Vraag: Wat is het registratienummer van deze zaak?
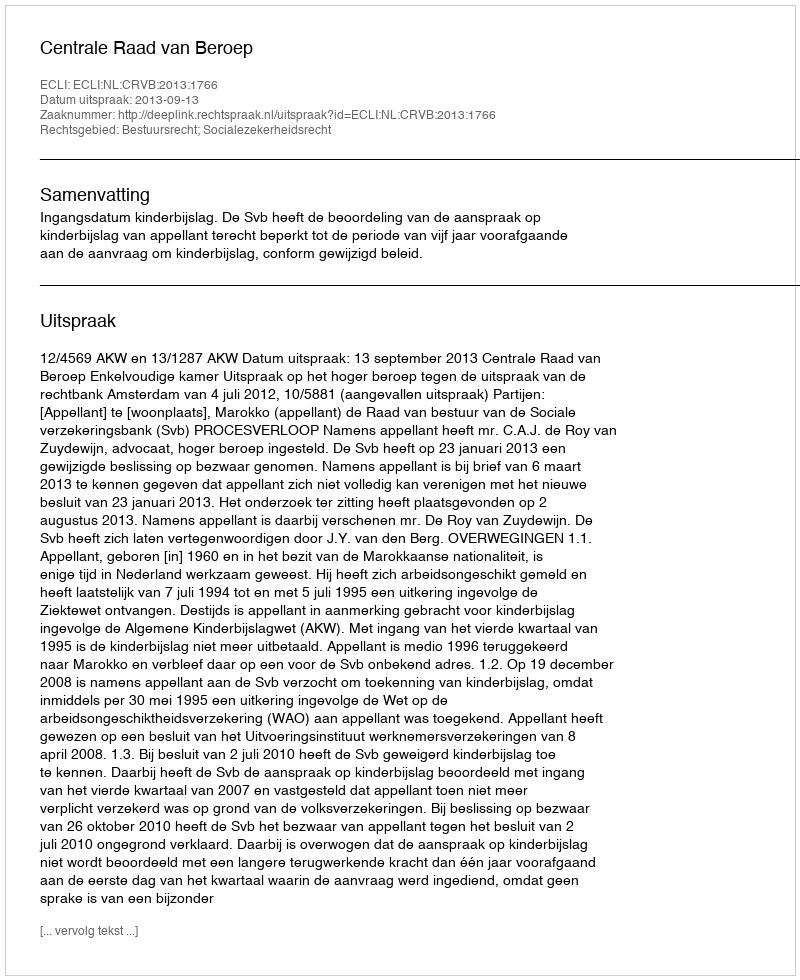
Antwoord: http://deeplink.rechtspraak.nl/uitspraak?id=ECLI:NL:CRVB:2013:1766